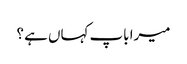
میرا باپ کہاں ہے ؟